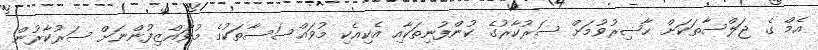
އެމް ގެ ޖަލްސާތަކަށް ޙާޟިރުވުމަށް ސަރުކާރުގެ ކުންފުނިތަކާއި އެކިއެކި މުވައްސަސާތަކުގެ މުވައްޒިފުންނަށް ސަރުކާރުން